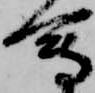
会